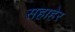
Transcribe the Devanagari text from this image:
सहाहेर